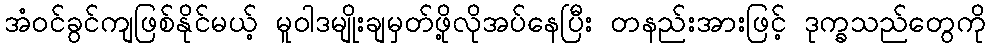
အံ၀င်ခွင်ကျဖြစ်နိုင်မယ့် မူဝါဒမျိုးချမှတ်ဖို့လိုအပ်နေပြီး တနည်းအားဖြင့် ဒုက္ခသည်တွေကို